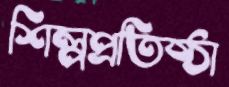
শিল্পপ্রতিষ্ঠা